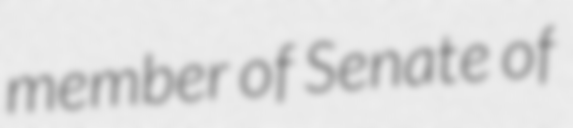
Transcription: member of Senate of